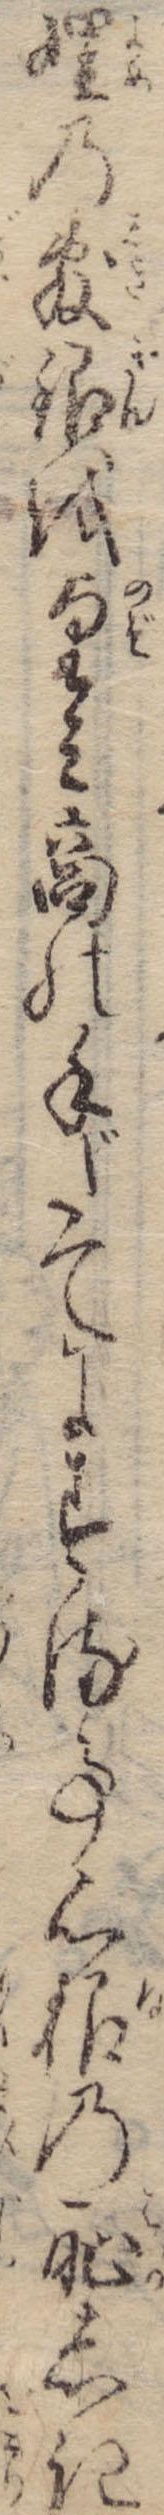
娌の敷金を望み商の手だてにする事心根の恥しき